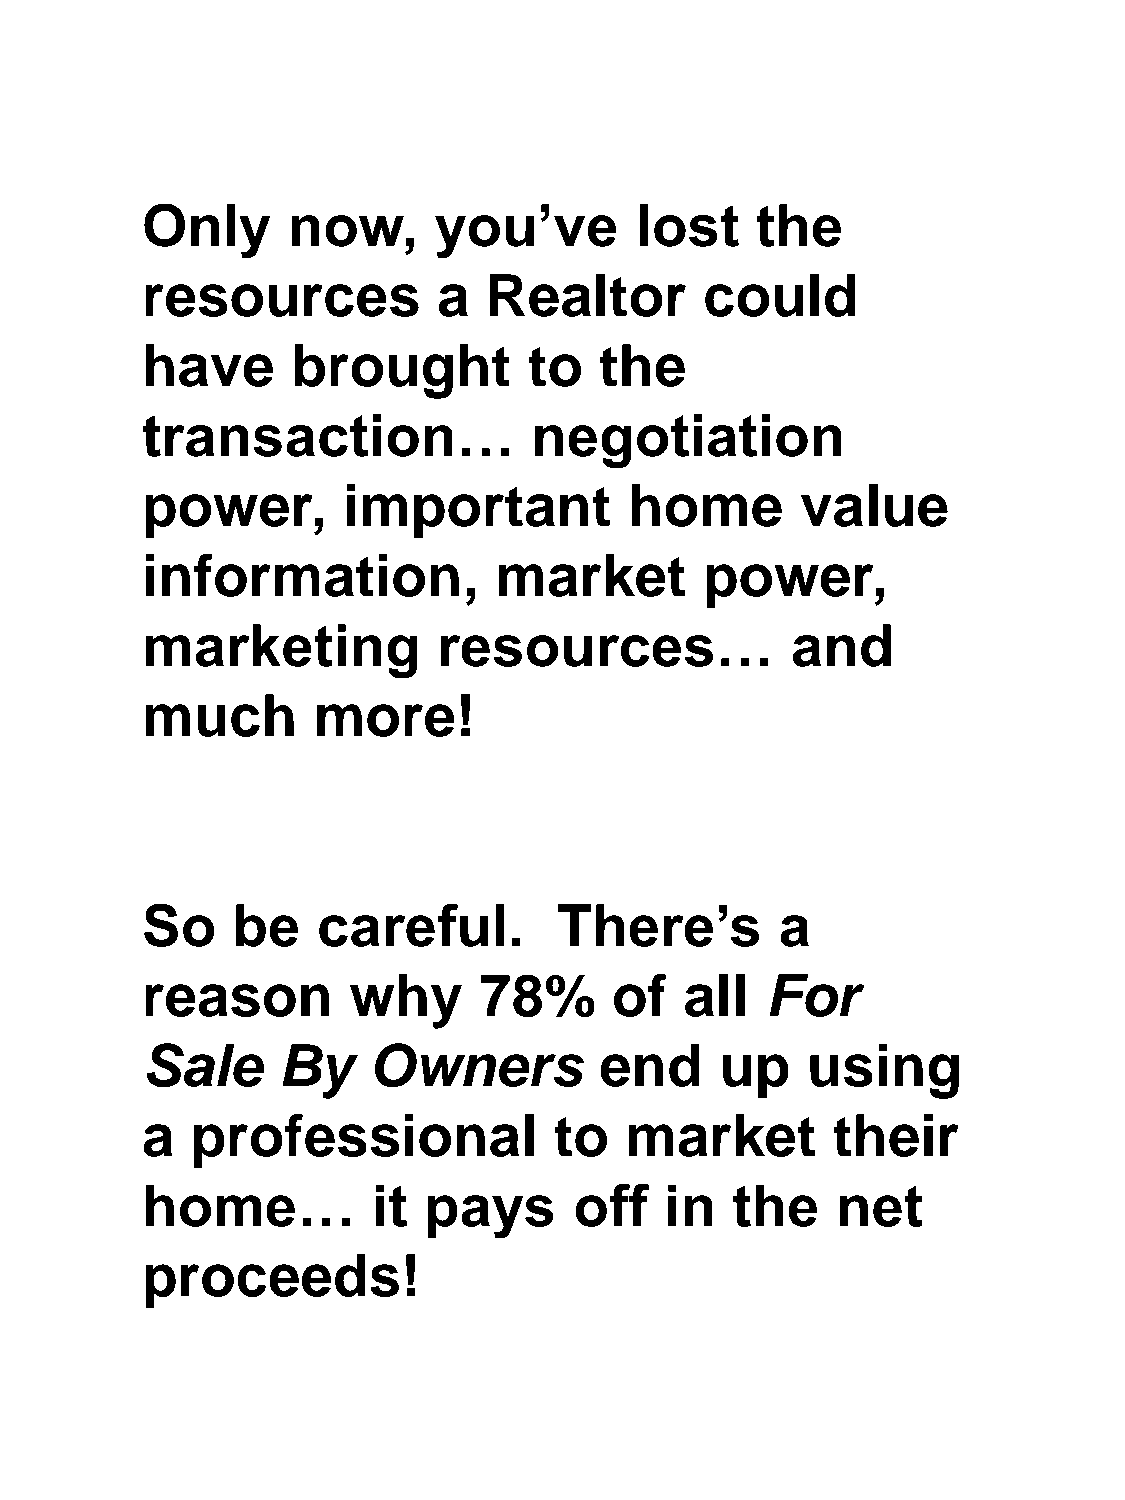
Only      now,      you’ve       lost    the
 resources           a  Realtor        could
 have      brought         to   the
 transaction…              negotiation
 power,        important          home       value
 information,            market        power,
 marketing           resources…             and
 much        more!
 So    be    careful.        There’s        a
 reason        why      78%      of  all   For
 Sale     By    Owners          end     up   using
 a   professional            to  market        their
 home…           it pays      off   in  the    net
 proceeds!